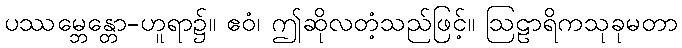
ပဿမ္ဘေန္တော-ဟူရာ၌။ ဧဝံ၊ ဤဆိုလတံ့သည်ဖြင့်။ ဩဠာရိကသုခုမတာ